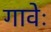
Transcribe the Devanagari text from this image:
गावेः